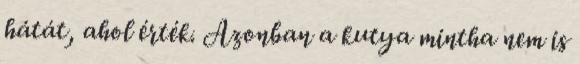
hátát, ahol érték. Azonban a kutya mintha nem is